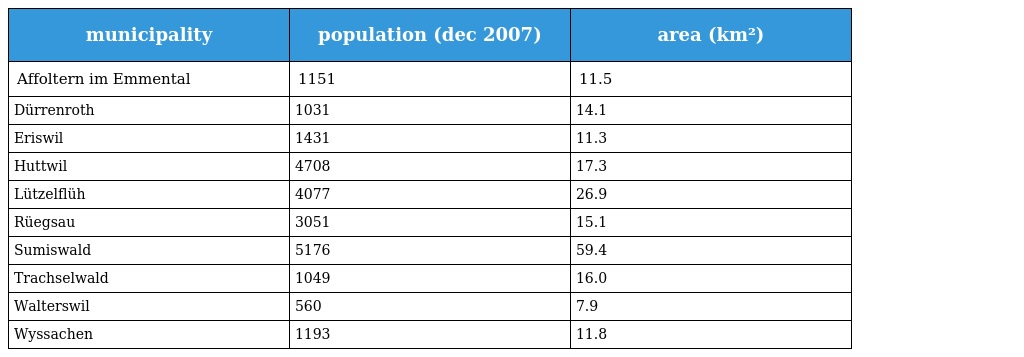
| municipality | population (dec 2007) | area (km²) |
 | --- | --- | --- |
 | Affoltern im Emmental | 1151 | 11.5 |
 | Dürrenroth | 1031 | 14.1 |
 | Eriswil | 1431 | 11.3 |
 | Huttwil | 4708 | 17.3 |
 | Lützelflüh | 4077 | 26.9 |
 | Rüegsau | 3051 | 15.1 |
 | Sumiswald | 5176 | 59.4 |
 | Trachselwald | 1049 | 16.0 |
 | Walterswil | 560 | 7.9 |
 | Wyssachen | 1193 | 11.8 |